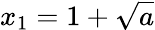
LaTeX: x_{1}=1+{\sqrt{a}}